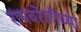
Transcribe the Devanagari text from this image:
रायबरेलीच्या